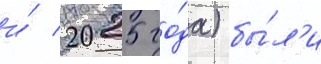
и́ 2025 го́да) бы́л'и